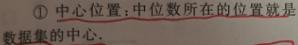
$\textcircled{1}$ 中心位置：中位数所在的位置就是数据集的中心.